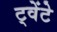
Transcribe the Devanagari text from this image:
ट्वेंटे